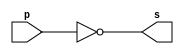
// ------------------------- 
// Exemplo0002 - NOT 
// Nome: Gustavo Jota Resende 
// ------------------------- 
// ------------------------- 
// -- not gate 
// ------------------------- 
module notgate (output s, 
input p); 
assign s = ~p; 
endmodule // notgate 
// ------------------------- 
// -- test not gate 
// ------------------------- 
module testnotgate; 
// ------------------------- dados locais 
reg a; // definir registrador 
// (variavel independente) 
wire s; // definir conexao (fio) 
// (variavel dependente ) 
// ------------------------- instancia 
notgate NOT1 (s, a); 
// ------------------------- preparacao 
initial begin:start 
a=0; 
end 
// ------------------------- parte principal 
initial begin 
$display("Exemplo0002 - Gustavo Jota Resende - 427413"); 
$display("Test NOT gate"); 
$display("\n~a = s\n"); 
a=0; 
#1 $display("~%b = %b", a, s); 
a=1; 
#1 $display("~%b = %b", a, s); 
end 
endmodule // testnotgate 

// 0.1 03/08 esboco 
// 
// ---------------------------------------------- testes 

// 
// Versao Teste 
// 0.1 01. ( OK ) identificacao de programa 
// Resultados: 0=0, 1=1, 0=0
// 0.1 02. ( OK ) identificacao de programa 
// Resultados: ~0=1, ~1=0